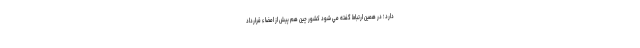
دارد ؛ در همين ارتباط گفته مي شود کشور چین هم پیش از امضاء قرارداد